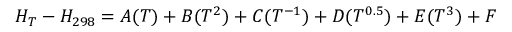
H _ { T } - H _ { 2 9 8 } = A ( T ) + B ( T ^ { 2 } ) + C ( T ^ { - 1 } ) + D ( T ^ { 0 . 5 } ) + E ( T ^ { 3 } ) + F